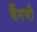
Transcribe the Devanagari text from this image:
बैंगणी